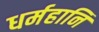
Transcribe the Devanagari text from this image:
धर्महानि